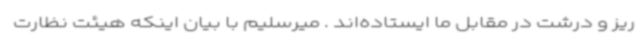
ریز و درشت در مقابل ما ایستاده‌اند . میرسلیم با بیان اینکه هیئت نظارت